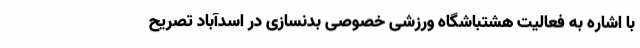
با اشاره به فعالیت هشتباشگاه ورزشی خصوصی بدنسازی در اسدآباد تصریح